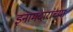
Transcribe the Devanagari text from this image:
इनामदारांच्या